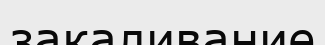
закаливание